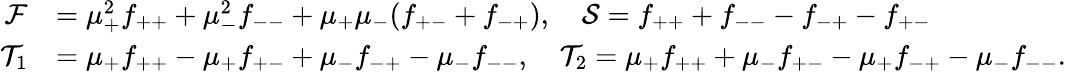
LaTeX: \begin{array}{rl}{\mathcal{F}}&{=\mu_{+}^{2}f_{++}+\mu_{-}^{2}f_{--}+\mu_{+}\mu_{-}(f_{+-}+f_{-+}),\quad\mathcal{S}=f_{++}+f_{--}-f_{-+}-f_{+-}}\\ {\mathcal{T}_{1}}&{=\mu_{+}f_{++}-\mu_{+}f_{+-}+\mu_{-}f_{-+}-\mu_{-}f_{--},\quad\mathcal{T}_{2}=\mu_{+}f_{++}+\mu_{-}f_{+-}-\mu_{+}f_{-+}-\mu_{-}f_{--}.}\end{array}